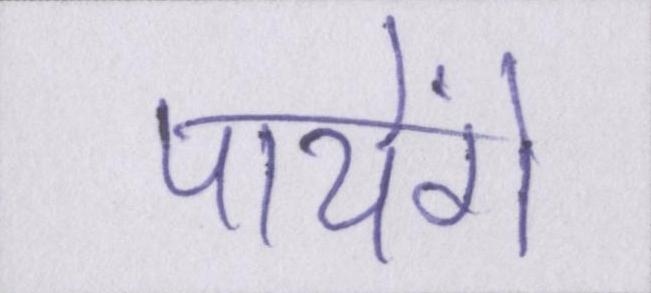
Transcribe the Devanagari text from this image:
पायेंगे